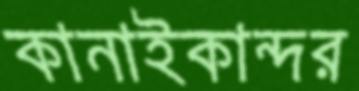
কানাইকান্দর